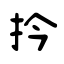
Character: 扲